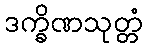
ဒက္ခိဏသုတ္တံ